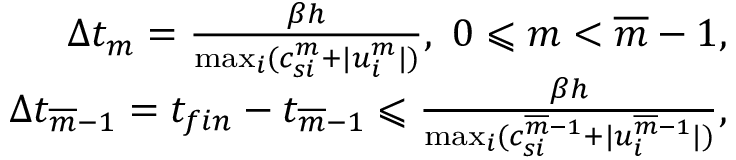
\begin{array} { r } { \Delta t _ { m } = \frac { \beta h } { \operatorname* { m a x } _ { i } ( c _ { s i } ^ { m } + | u _ { i } ^ { m } | ) } , \ 0 \leqslant m < \overline { { m } } - 1 , } \\ { \Delta t _ { \overline { { m } } - 1 } = t _ { f i n } - t _ { \overline { { m } } - 1 } \leqslant \frac { \beta h } { \operatorname* { m a x } _ { i } ( c _ { s i } ^ { \overline { { m } } - 1 } + | u _ { i } ^ { \overline { { m } } - 1 } | ) } , } \end{array}